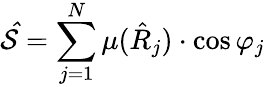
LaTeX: \mathcal{\hat{S}}=\sum_{j=1}^{N}\mu(\hat{R}_{j})\cdot\cos\varphi_{j}